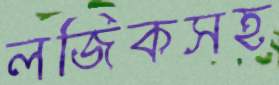
লজিকসহ